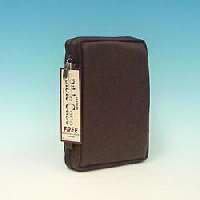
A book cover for Leather Bible Cover; Christian Books & Bibles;